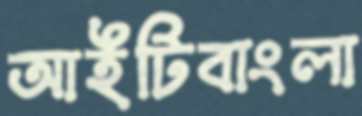
আইটিবাংলা